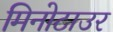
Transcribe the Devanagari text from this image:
मिनोटाउर